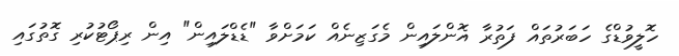
ހޮލީވުޑްގެ ހަބަރުތައް ފަތުރާ އޮންލައިން މެގަޒިނެއް ކަމަށްވާ "ޑެޑްލައިން" އިން ރިޕޯޓުކުރި ގޮތުގައި